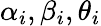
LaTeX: \alpha_{i},\beta_{i},\theta_{i}